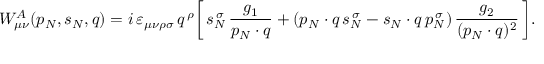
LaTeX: W _ { \mu \nu } ^ { A } ( p _ { N } , s _ { N } , q ) = i \, \varepsilon _ { \mu \nu \rho \sigma } \, q ^ { \, \rho } \bigg [ \, s _ { N } ^ { \, \sigma } \, \frac { g _ { 1 } } { p _ { N } \cdot q } + ( p _ { N } \cdot q \, s _ { N } ^ { \, \sigma } - s _ { N } \cdot q \, p _ { N } ^ { \, \sigma } ) \, \frac { g _ { 2 } } { ( p _ { N } \cdot q ) ^ { 2 } } \, \bigg ] .